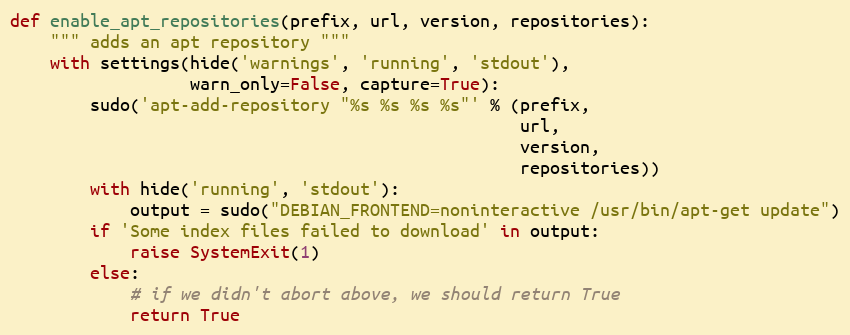
Language: Python
def enable_apt_repositories(prefix, url, version, repositories):
    """ adds an apt repository """
    with settings(hide('warnings', 'running', 'stdout'),
                  warn_only=False, capture=True):
        sudo('apt-add-repository "%s %s %s %s"' % (prefix,
                                                   url,
                                                   version,
                                                   repositories))
        with hide('running', 'stdout'):
            output = sudo("DEBIAN_FRONTEND=noninteractive /usr/bin/apt-get update")
        if 'Some index files failed to download' in output:
            raise SystemExit(1)
        else:
            # if we didn't abort above, we should return True
            return True